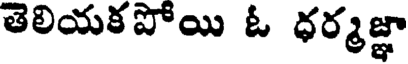
తెలియకపోయి ఓ ధర్మజ్ఞా